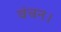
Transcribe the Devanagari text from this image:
वंचन।